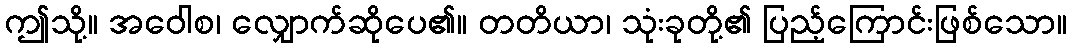
ဤသို့။ အဝေါစ၊ လျှောက်ဆိုပေ၏။ တတိယာ၊ သုံးခုတို့၏ ပြည့်ကြောင်းဖြစ်သော။